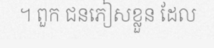
។ ពួក ជនភៀសខ្លួន ដែល